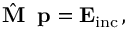
\hat { \textbf { M } } \, \mathbf { p } = \mathbf { E } _ { \mathrm { i n c } } \, ,